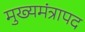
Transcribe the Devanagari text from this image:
मुख्यमंत्रापद